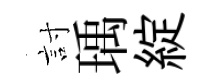
討瑀綻